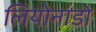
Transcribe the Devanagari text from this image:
लियोनाडो